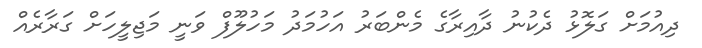
ދިއުމަށް ގަލޮޅު ދެކުނު ދާއިރާގެ މެންބަރު އަހުމަދު މަހުލޫފް ވަނީ މަޖިލީހަށް ގަރާރެއް